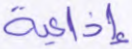
إذاعية